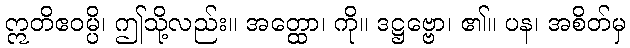
ဣတိဧဝမ္ပိ၊ ဤသို့လည်း။ အတ္ထော၊ ကို။ ဒဋ္ဌဗ္ဗော၊ ၏။ ပန၊ အစိတ်မှ